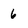
Character: 6